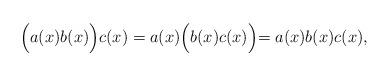
LaTeX: \begin{align*}\Bigl(a(x) b(x) \Bigl) c(x) = a(x) \Bigl(b(x) c(x)\Bigl) = a(x) b(x) c(x) , \end{align*}